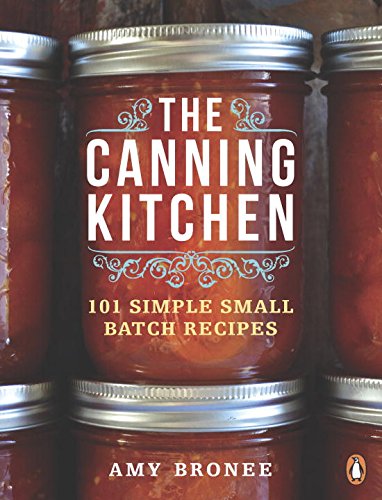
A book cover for The Canning Kitchen: 101 Simple Small Batch Recipes; Amy Bronee; Cookbooks, Food & Wine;